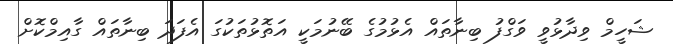
ޝަހީމް ވިދާޅުވީ ވަގްފު ބިނާތައް އެޅުމުގެ ބޭނުމަކީ އަތޮޅުތަކުގަ އެފަދަ ބިނާތައް ގާއިމްކޮށް